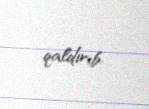
qaldırıb.